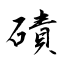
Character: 磧